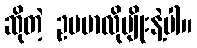
ဆိုတဲ့ ဥပမာလိုမျိုးနဲ့ပါ။